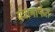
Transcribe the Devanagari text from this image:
यंत्रामार्फत